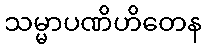
သမ္မာပဏိဟိတေန